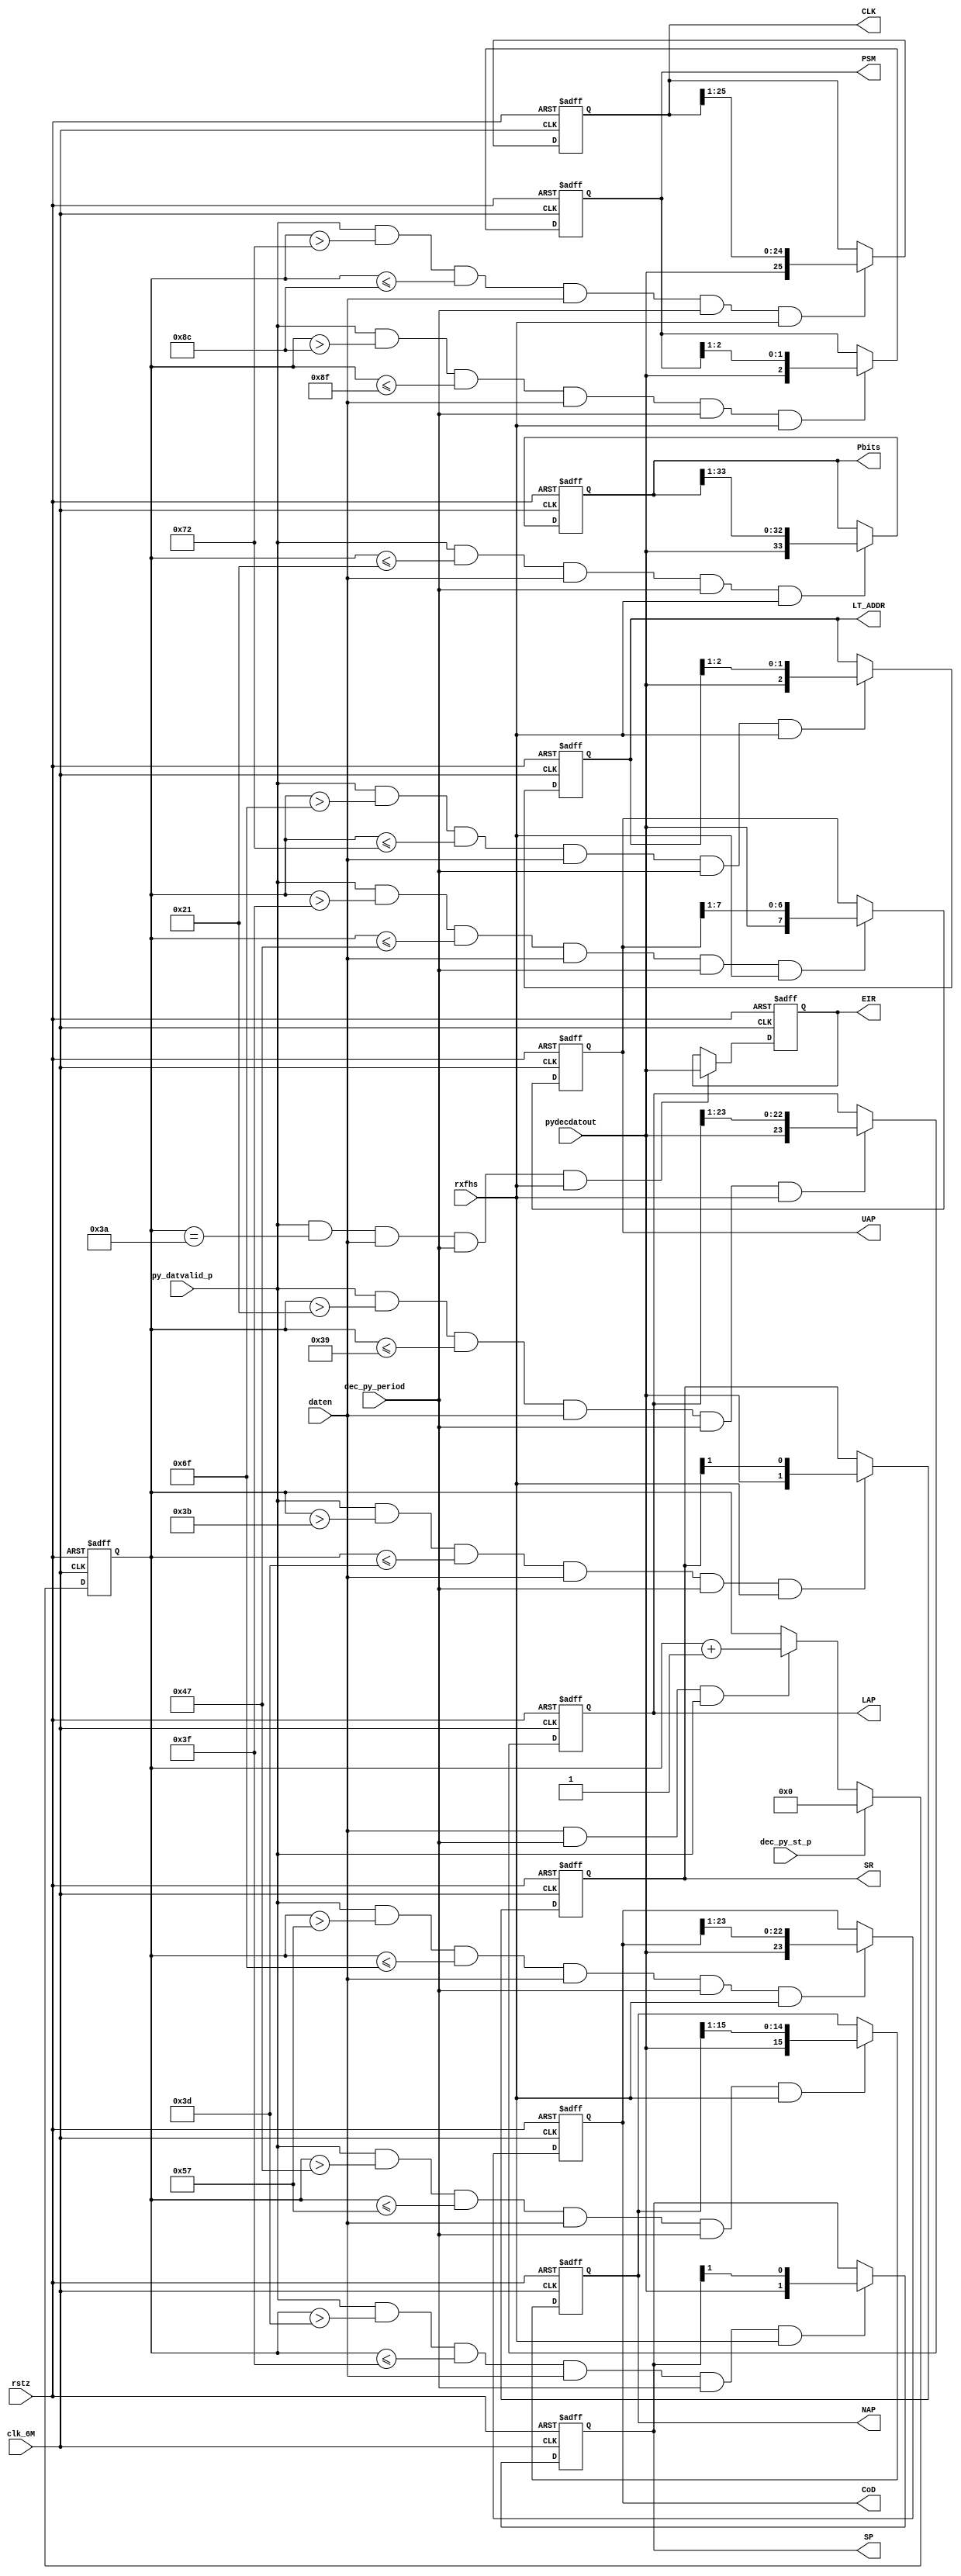
module decFHS (
clk_6M, rstz,
dec_py_st_p, daten, dec_py_period, py_datvalid_p, pydecdatout,
rxfhs,
Pbits,
LAP,
EIR,
SR,
SP,
UAP,
NAP,
CoD,
LT_ADDR,
CLK,
PSM
);

input clk_6M, rstz;
input dec_py_st_p, daten, dec_py_period, py_datvalid_p, pydecdatout;
input rxfhs;
output [33:0] Pbits;
output [23:0] LAP;
output EIR;
output [1:0] SR;
output [1:0] SP;
output [7:0] UAP;
output [15:0] NAP;
output [23:0] CoD;
output [2:0] LT_ADDR;
output [27:2] CLK;
output [2:0] PSM;


//
reg [12:0] bitcount;
always @(posedge clk_6M or negedge rstz)
begin
  if (!rstz)
     bitcount <= 0;
  else if (dec_py_st_p)
     bitcount <= 11'd0;
  else if (daten & dec_py_period & py_datvalid_p)
     bitcount <= bitcount + 1'b1 ;
end

////////reg [33:0] pydecdatout_d;
////////always @(posedge clk_6M or negedge rstz)
////////begin
////////  if (!rstz)
////////     pydecdatout_d <= 0;
////////  else if (py_datvalid_p)
////////     pydecdatout_d <= {pydecdatout,pydecdatout_d[33:1]};
////////end

reg [33:0] Pbits;  //lsb is left-most position
always @(posedge clk_6M or negedge rstz)
begin
  if (!rstz)
     Pbits <= 0;
  else if (py_datvalid_p & bitcount<=12'd33 & daten & dec_py_period & rxfhs)
     Pbits <= {pydecdatout, Pbits[33:1]};
    // Pbits <= {Pbits[32:0], pydecdatout};
end

reg [23:0] LAP; //lsb is left-most position
always @(posedge clk_6M or negedge rstz)
begin
  if (!rstz)
     LAP <= 0;
  else if (py_datvalid_p & bitcount>12'd33 & bitcount<=12'd57 & daten & dec_py_period & rxfhs)  //33+24
     LAP <= {pydecdatout, LAP[23:1]};
    // LAP <= {LAP[22:0],pydecdatout};
end

reg EIR;
always @(posedge clk_6M or negedge rstz)
begin
  if (!rstz)
     EIR <= 0;
  else if (py_datvalid_p & bitcount==12'd58 & daten & dec_py_period & rxfhs)  //33+24+1
     EIR <= {pydecdatout};
end

reg [1:0] SR;
always @(posedge clk_6M or negedge rstz)
begin
  if (!rstz)
     SR <= 0;
  else if (py_datvalid_p & bitcount>12'd59 & bitcount<=12'd61 & daten & dec_py_period & rxfhs)  //33+24+1+1+2
     SR <= {pydecdatout,SR[1]};
end

reg [1:0] SP;
always @(posedge clk_6M or negedge rstz)
begin
  if (!rstz)
     SP <= 0;
  else if (py_datvalid_p & bitcount>12'd61 & bitcount<=12'd63 & daten & dec_py_period & rxfhs)  //33+24+1+1+2+2
     SP <= {pydecdatout,SP[1]};
end

reg [7:0] UAP;
always @(posedge clk_6M or negedge rstz)
begin
  if (!rstz)
     UAP <= 0;
  else if (py_datvalid_p & bitcount>12'd63 & bitcount<=12'd71 & daten & dec_py_period & rxfhs)  //33+24+1+1+2+2+8
     UAP <= {pydecdatout,UAP[7:1]};
end

reg [15:0] NAP;
always @(posedge clk_6M or negedge rstz)
begin
  if (!rstz)
     NAP <= 0;
  else if (py_datvalid_p & bitcount>12'd71 & bitcount<=12'd87 & daten & dec_py_period & rxfhs)  //33+24+1+1+2+2+8+16
     NAP <= {pydecdatout,NAP[15:1]};
end

reg [23:0] CoD;
always @(posedge clk_6M or negedge rstz)
begin
  if (!rstz)
     CoD <= 0;
  else if (py_datvalid_p & bitcount>12'd87 & bitcount<=12'd111 & daten & dec_py_period & rxfhs)  //33+24+1+1+2+2+8+16+24
     CoD <= {pydecdatout,CoD[23:1]};
end

reg [2:0] LT_ADDR;
always @(posedge clk_6M or negedge rstz)
begin
  if (!rstz)
     LT_ADDR <= 0;
  else if (py_datvalid_p & bitcount>12'd111 & bitcount<=12'd114 & daten & dec_py_period & rxfhs)  //33+24+1+1+2+2+8+16+24+3
     LT_ADDR <= {pydecdatout,LT_ADDR[2:1]};
end

reg [27:2] CLK;
always @(posedge clk_6M or negedge rstz)
begin
  if (!rstz)
     CLK <= 0;
  else if (py_datvalid_p & bitcount>12'd114 & bitcount<=12'd140 & daten & dec_py_period & rxfhs)  //33+24+1+1+2+2+8+16+24+3+26
     CLK <= {pydecdatout,CLK[27:3]};
end

reg [2:0] PSM;
always @(posedge clk_6M or negedge rstz)
begin
  if (!rstz)
     PSM <= 0;
  else if (py_datvalid_p & bitcount>12'd140 & bitcount<=12'd143 & daten & dec_py_period & rxfhs)  //33+24+1+1+2+2+8+16+24+3+26+3
     PSM <= {pydecdatout,PSM[2:1]};
end

endmodule